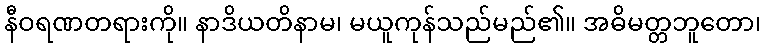
နီဝရဏတရားကို။ နာဒိယတိနာမ၊ မယူကုန်သည်မည်၏။ အဓိမတ္တဘူတော၊